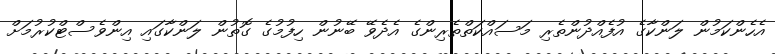
އެހެންކަމުން ލަންކާގެ އުފެއްދުންތެރި މަސައްކަތްތެރިންގެ އެދެވޭ ބޭނުން ހިފުމުގެ ގޮތުން ލަންކާގައި އިންވެސްޓްކުރުމަށް